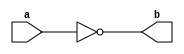

module Not(
	// Input signals
	input wire a,	
	// Output signals
	output wire b	
);
	assign b = ~a;

endmodule